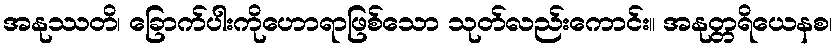
အနုဿတိ၊ ခြောက်ပါးကိုဟောရာဖြစ်သော သုတ်လည်းကောင်း။ အနုတ္တရိယေနစ၊